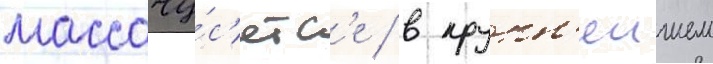
массачу́с'етс'е / в крупн'еишем